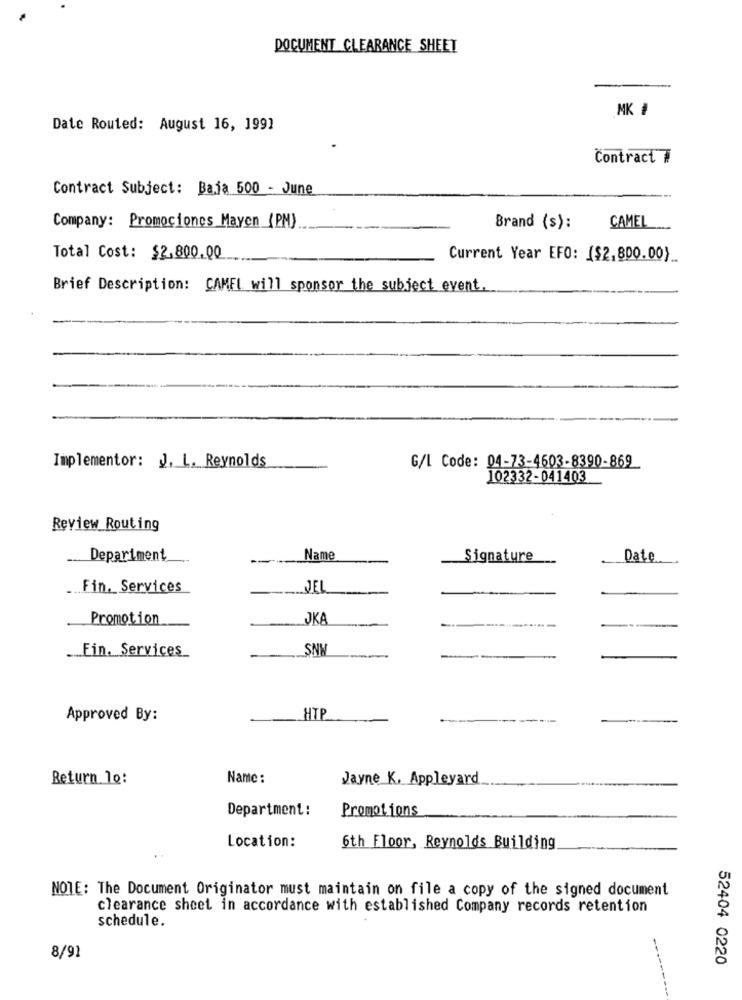
DOCUMENT CLEARANCE SHEET
MK #
Date Routed: August 16, 1991
Contract #
Contract Subject: Baja 500 - June
CAMEL
Company: Promociones Mayen (PM)
Brand (s):
Total Cost: $2.800.00
Current Year EFO: ($2.800.00)
Brief Description: CAMEL will sponsor the subject event.
Implementor: J. L. Reynolds
G/L Code: 04-73-4603-8390-869
102332-041403
Review Routing
Department
Name
Signature
Date
... Fin. Services
JEL
Promotion
JKA
-
--
SNK
Fin. Services
Approved By:
HTP
Return le:
Name:
Jayne K. Appleyard
Department:
Promot ions
Location:
6th Floor, Reynolds Building
NOTE: The Document Originator must maintain on file a copy of the signed document
clearance sheet in accordance with established Company records retention
schedule.
8/91
52404 0220